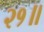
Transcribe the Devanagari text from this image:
२१॥